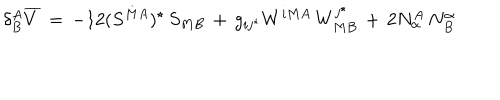
LaTeX: \delta _ { B } ^ { A } { \overline { { V } } } \, = \, - 1 2 ( S ^ { M A } ) ^ { \star } \, S _ { M B } \, + \, g _ { i j ^ { \star } } W ^ { i M A } \, W _ { M B } ^ { j ^ { \star } } \, + \, 2 N _ { \alpha } ^ { A } \, N _ { B } ^ { \alpha }